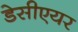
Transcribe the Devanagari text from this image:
डेसीएयर